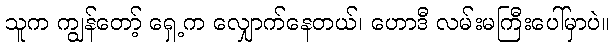
သူက ကျွန်တော့် ရှေ့က လျှောက်နေတယ်၊ ဟောဒီ လမ်းမကြီးပေါ်မှာပဲ။